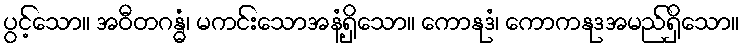
ပွင့်သော။ အဝီတဂန္ဓံ၊ မကင်းသောအနံ့ရှိသော။ ကောနုဒံ၊ ကောကနုဒအမည်ရှိသော။